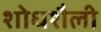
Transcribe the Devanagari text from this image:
शोधशैली